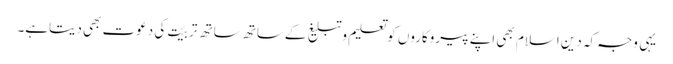
یہی وجہ کہ دینِ اسلام بھی اپنے پیروکاروں کوتعلیم وتبلیغ کےساتھ ساتھ تربیّت کی دعوت بھی دیتاہے۔